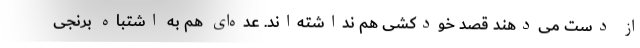
از دست می‌دهند قصد خودکشی هم نداشته‌اند. عده‌ای هم به اشتباه برنجی